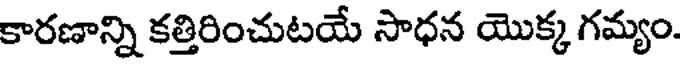
కారణాన్ని కత్తిరించుటయే సాధన యొక్క గమ్యం.